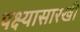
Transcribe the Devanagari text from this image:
पक्ष्यासारखी